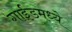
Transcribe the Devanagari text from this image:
गाईडमध्ये